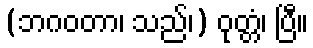
(ဘဂဝတာ၊ သည်၊) ဝုတ္တံ၊ ပြီ။